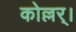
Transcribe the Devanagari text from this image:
कोल्लर्।